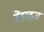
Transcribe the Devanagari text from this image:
ब्रेंडाइज